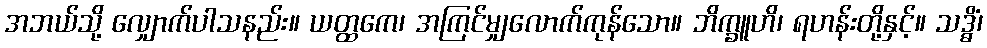
အဘယ်သို့ လျှောက်ပါသနည်း။ ယတ္ထကေ၊ အကြင်မျှလောက်ကုန်သော။ ဘိက္ခူဟိ၊ ရဟန်းတို့နှင့်။ သဒ္ဓိံ၊